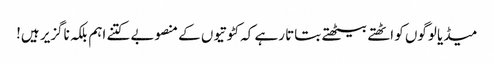
میڈیا لوگوں کو اٹھتے بیٹھتے بتاتا رہے کہ کٹوتیوں کے منصوبے کتنے اہم بلکہ ناگزیر ہیں!